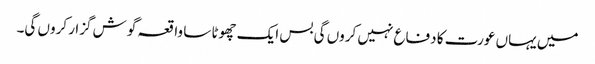
میں یہاں عورت کا دفاع نہیں کروں گی بس ایک چھوٹا سا واقعہ گوش گزار کروں گی۔